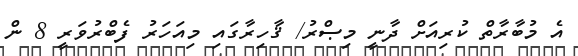
އެ މުބާރާތް ކުރިއަށް ދާނީ މިޞްރު/ ޤާހިރާގައި މިއަހަރު ފެބްރުވަރީ 8 ން